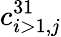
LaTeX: c_{i>1,j}^{31}